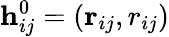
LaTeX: \mathbf h_{ij}^{0}=(\mathbf r_{ij},r_{ij})